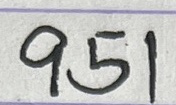
951